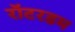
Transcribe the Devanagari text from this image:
रॉटरडम